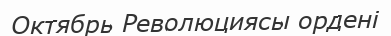
Октябрь Революциясы ордені